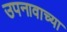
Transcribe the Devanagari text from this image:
उपनावाच्या